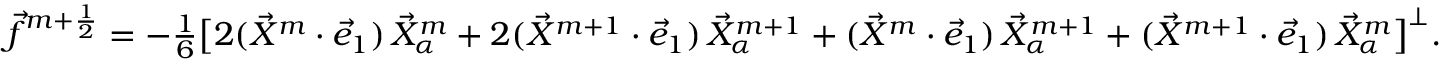
\begin{array} { r } { \vec { f } ^ { m + \frac { 1 } { 2 } } = - \frac { 1 } { 6 } \bigl [ 2 ( \vec { X } ^ { m } \cdot \vec { e } _ { 1 } ) \, \vec { X } _ { \alpha } ^ { m } + 2 ( \vec { X } ^ { m + 1 } \cdot \vec { e } _ { 1 } ) \, \vec { X } _ { \alpha } ^ { m + 1 } + ( \vec { X } ^ { m } \cdot \vec { e } _ { 1 } ) \, \vec { X } _ { \alpha } ^ { m + 1 } + ( \vec { X } ^ { m + 1 } \cdot \vec { e } _ { 1 } ) \, \vec { X } _ { \alpha } ^ { m } \bigr ] ^ { \perp } . } \end{array}